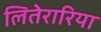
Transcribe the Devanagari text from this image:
लितेरारिया